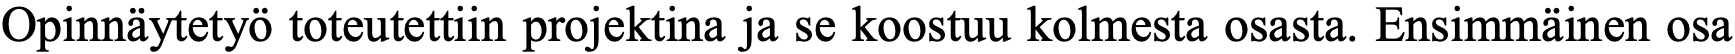
Opinnäytetyö toteutettiin projektina ja se koostuu kolmesta osasta. Ensimmäinen osa